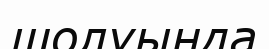
шолуында